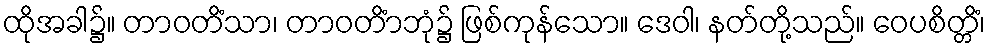
ထိုအခါ၌။ တာဝတိံသာ၊ တာဝတိံာဘုံ၌ ဖြစ်ကုန်သော။ ဒေဝါ၊ နတ်တို့သည်။ ဝေပစိတ္တိံ၊